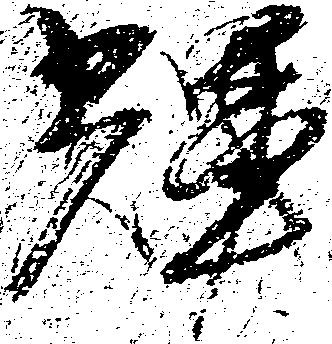
輝